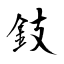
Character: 鈘